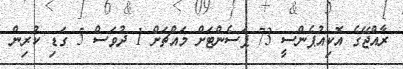
ރާއްޖޭގެ އޮކިއުޕެންސީ 73 ޕަސެންޓަށް މައްޗަށް 1 ދުވަސް 5 ގަޑި ކުރިން